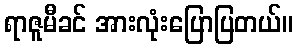
ရာဇူမီခင် အားလုံးပြောပြတယ်။